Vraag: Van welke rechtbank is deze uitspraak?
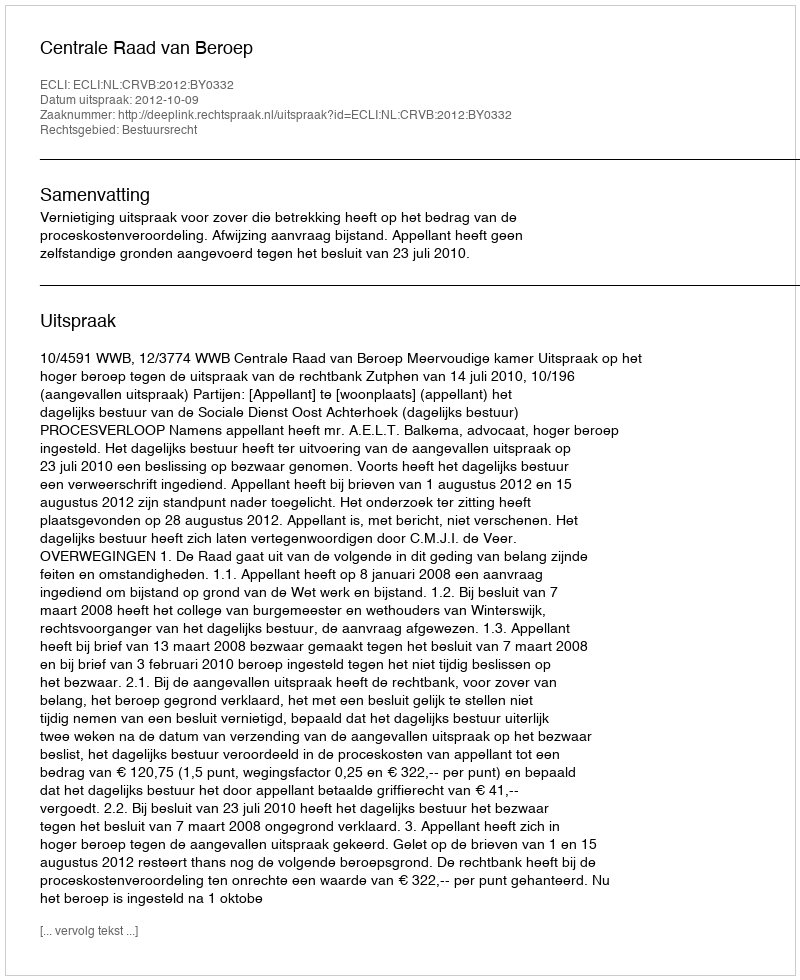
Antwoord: Centrale Raad van Beroep